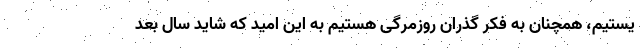
یستیم، همچنان به فکر گذران روزمرگی هستیم به این امید که شاید سال بعد